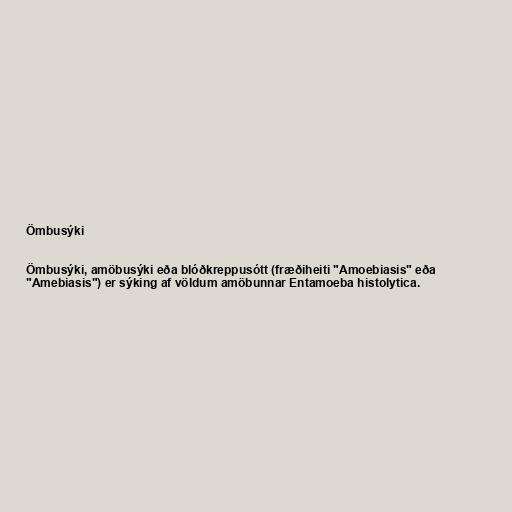
Ömbusýki

Ömbusýki, amöbusýki eða blóðkreppusótt (fræðiheiti "Amoebiasis" eða
"Amebiasis") er sýking af völdum amöbunnar Entamoeba histolytica.